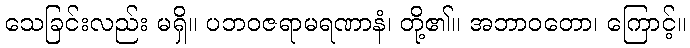
သေခြင်းလည်း မရှိ။ ပဘဝဇရာမရဏာနံ၊ တို့၏။ အဘာဝတော၊ ကြောင့်။